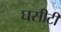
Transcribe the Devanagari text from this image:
घसीटी